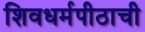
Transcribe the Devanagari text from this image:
शिवधर्मपीठाची